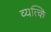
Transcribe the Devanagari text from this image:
व्यत्कि